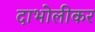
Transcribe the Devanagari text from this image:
दाभोलीकर